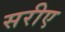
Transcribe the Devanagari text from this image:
सरीए